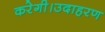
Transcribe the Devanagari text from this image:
करेगी।उदाहरण